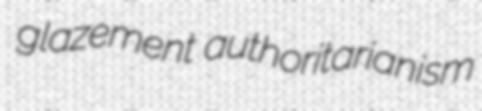
glazement authoritarianism